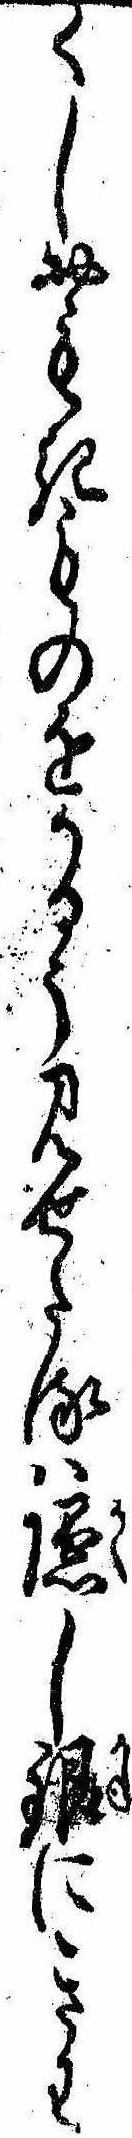
くしおもきものをかるう見せたるは隠し銀にきわ